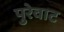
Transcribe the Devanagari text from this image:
पुरेवाट